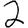
Digit: 2